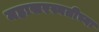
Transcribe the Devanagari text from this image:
महासरस्वतीच्या